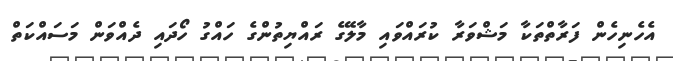
އެހެނިހެން ފަރާތްތަކާ މަޝްވަރާ ކުރައްވައި މާލޭގެ ރައްޔިތުންގެ ހައްގު ހޯދައި ދެއްވަން މަސައްކަތް